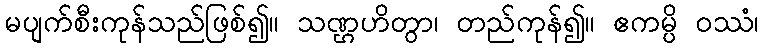
မပျက်စီးကုန်သည်ဖြစ်၍။ သဏ္ဌဟိတွာ၊ တည်ကုန်၍။ ဧကမ္ပိ ဝဿံ၊